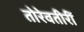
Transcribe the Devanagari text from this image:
तोरेवतीरीं